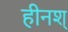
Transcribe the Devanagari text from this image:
हीनश्